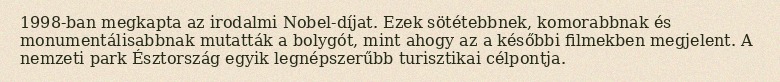
1998-ban megkapta az irodalmi Nobel-díjat. Ezek sötétebbnek, komorabbnak és monumentálisabbnak mutatták a bolygót, mint ahogy az a későbbi filmekben megjelent. A nemzeti park Észtország egyik legnépszerűbb turisztikai célpontja.